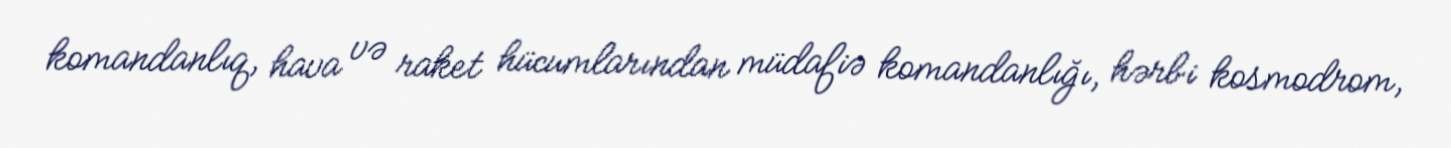
komandanlıq, hava və raket hücumlarından müdafiə komandanlığı, hərbi kosmodrom,